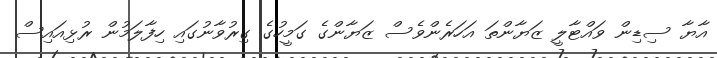
އާޔާ ސިޑިން ވައްޓާލީ ޒަޔާންތަ އަހަރެންވެސް ޒަޔާންގެ ގަމީހުގެ ގިރުވާނުގައި ހިފާލަމުން ރުޅިއައިސް